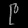
Digit: ၉